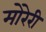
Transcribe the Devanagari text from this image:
मोरेरी